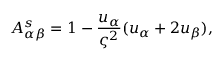
A _ { \alpha \beta } ^ { s } = 1 - \frac { u _ { \alpha } } { \varsigma ^ { 2 } } ( u _ { \alpha } + 2 u _ { \beta } ) ,